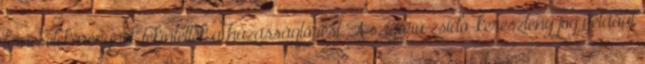
bűncselekménynek tekintették a házasságtörést. A szigorú zsidó-keresztény jog például